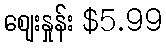
စျေးနှုန်း $5.99